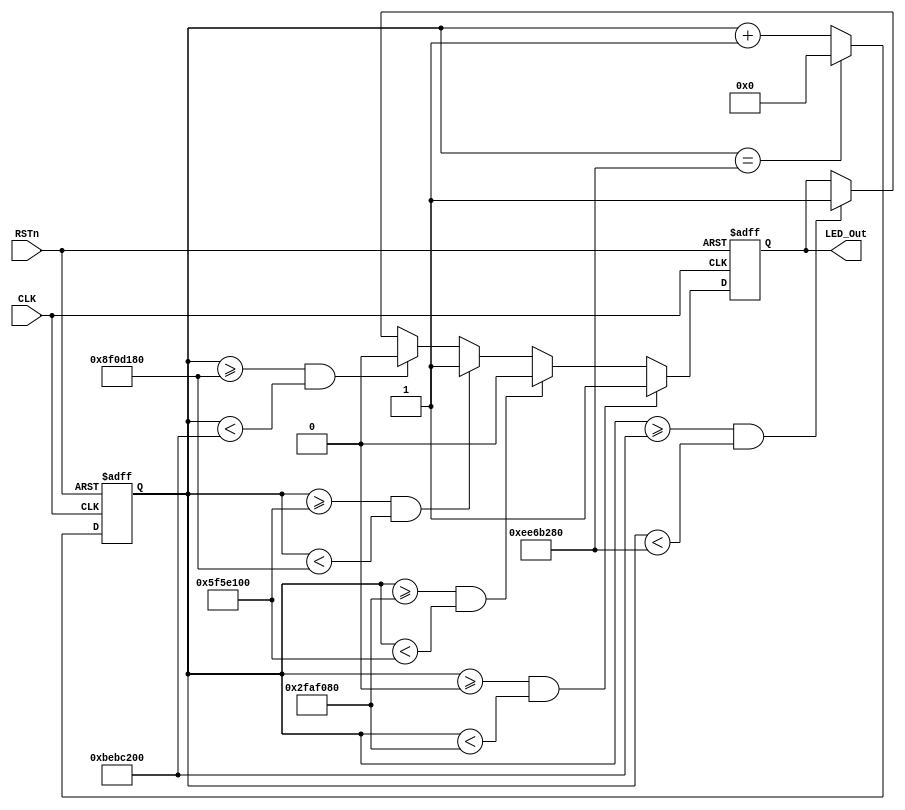
module led0_module
(
    CLK, RSTn, LED_Out
);

    input CLK;
    input RSTn;
    output LED_Out;
    
    /*************************************/
    
    parameter T5S = 28'd250_000_000;//DB4CE1550MHz50M*5=250_000_000
    
    /*************************************/
    
    reg [27:0]Count1;
    
    always @ ( posedge CLK or negedge RSTn )
	    if( !RSTn )	
	        Count1 <= 28'd0;
	    else if( Count1 == T5S )
	        Count1 <= 28'd0;
	    else
	        Count1 <= Count1 + 1'b1;
	        
	/*************************************/
	
	reg rLED_Out;
	
	always @ ( posedge CLK or negedge RSTn )
        if( !RSTn ) 
            rLED_Out <= 1'b0;
        else if( Count1 >= 28'd0 && Count1 < 28'd50_000_000 )//0led0
            rLED_Out <= 1'b1;
        else if( Count1 >=28'd50_000_000 && Count1 < 28'd100_000_000 ) //led0
            rLED_Out <= 1'b0;
		  else if( Count1 >=28'd100_000_000 && Count1 < 28'd150_000_000 )//led0
				rLED_Out <= 1'b1;
		  else if( Count1 >=28'd150_000_000 && Count1 < 28'd200_000_000 )//led0
				rLED_Out <= 1'b0;
		  else if( Count1 >=28'd200_000_000 && Count1 < 28'd250_000_000 )//
            rLED_Out <= 1'b1;
     /***************************************/
     
     assign LED_Out = rLED_Out;
     
     /***************************************/
              
    
endmodule